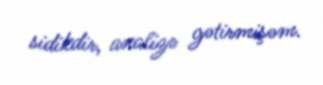
sidikdir, analizə gətirmişəm.